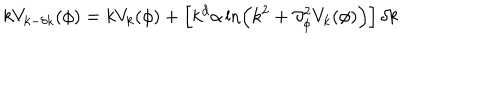
k V _ { k - \delta k } ( \phi ) = k V _ { k } ( \phi ) + \left[ k ^ { d } \alpha \ln \left( k ^ { 2 } + \partial _ { \phi } ^ { 2 } V _ { k } ( \phi ) \right) \right] \delta k